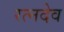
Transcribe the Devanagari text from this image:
रत्नदेव